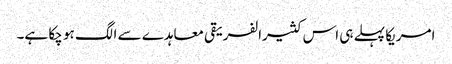
امریکا پہلے ہی اس کثیرالفریقی معاہدے سے الگ ہو چکا ہے۔